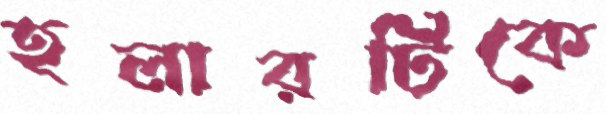
হলারটিকে